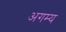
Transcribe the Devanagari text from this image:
अगम्‍य